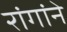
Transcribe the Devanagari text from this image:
रांगांने